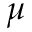
\mu